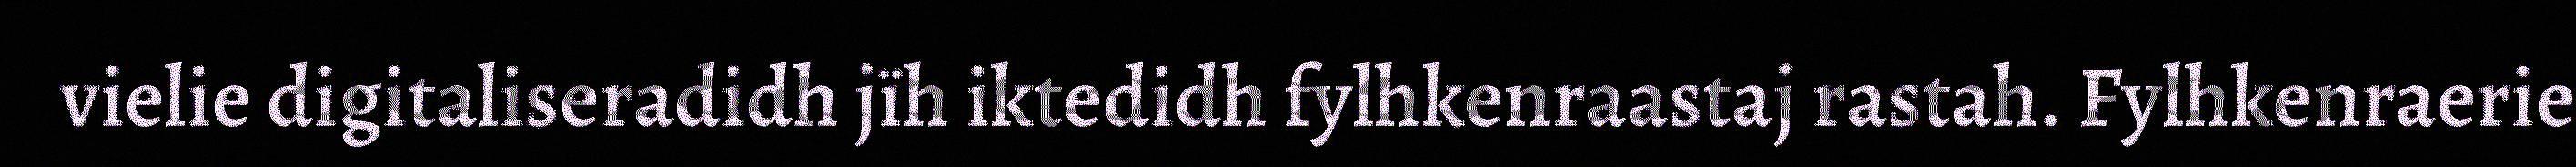
vielie digitaliseradidh jïh iktedidh fylhkenraastaj rastah. Fylhkenraerie